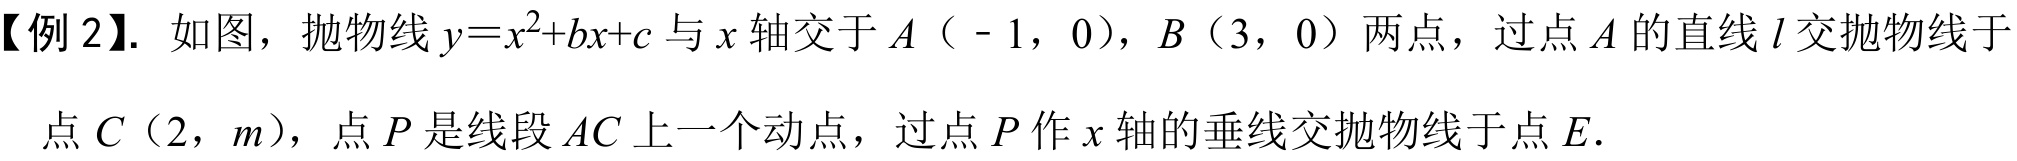
【例 2】. 如图，抛物线\(y = x^{2}+bx + c\)与\(x\)轴交于\(A\)（\(-1\)，\(0\)），\(B\)（\(3\)，\(0\)）两点，过点\(A\)的直线\(l\)交抛物线于点\(C\)（\(2\)，\(m\)），点\(P\)是线段\(AC\)上一个动点，过点\(P\)作\(x\)轴的垂线交抛物线于点\(E\).